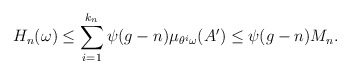
\begin{align*}H_n(\omega)\le \sum_{i=1}^{k_n} \psi(g-n)\mu_{\theta^i\omega}(A')\leq \psi(g-n)M_n.\end{align*}